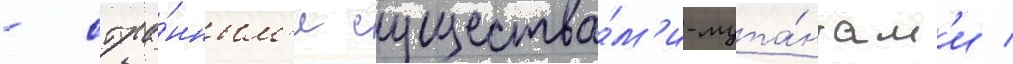
- стра́нным'и существа́м'и-мута́нтам'и /